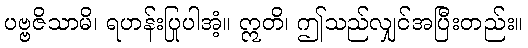
ပဗ္ဗဇိသာမိ၊ ရဟန်းပြုပါအံ့။ ဣတိ၊ ဤသည်လျှင်အပြီးတည်း။